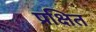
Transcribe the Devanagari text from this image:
प्रक्षित